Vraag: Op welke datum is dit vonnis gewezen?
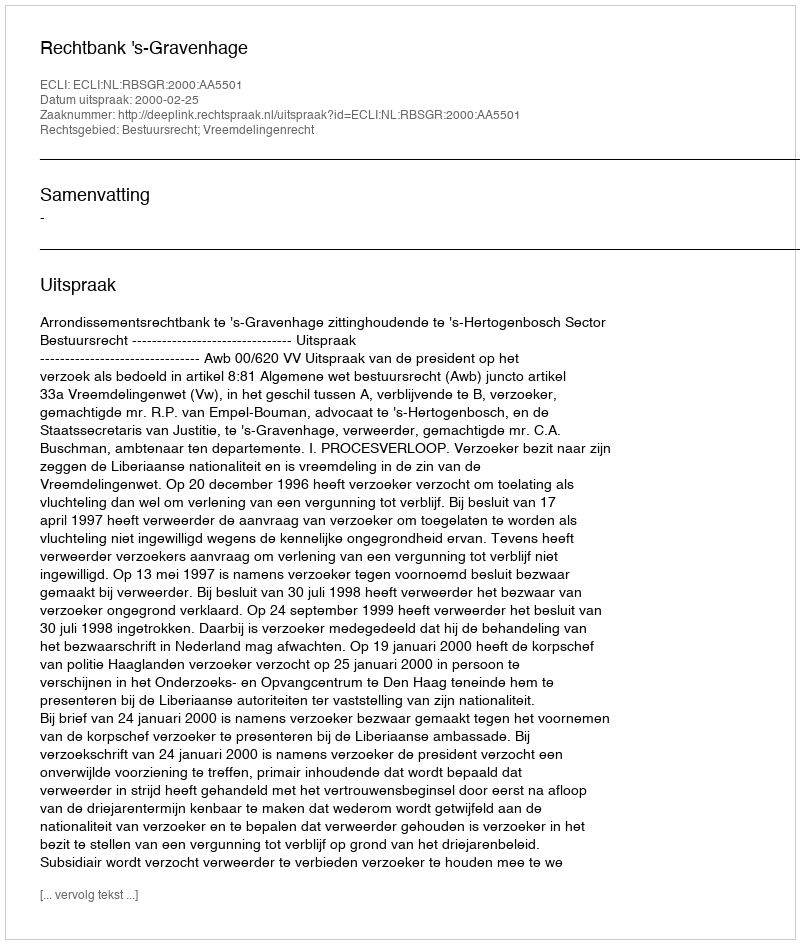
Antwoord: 2000-02-25